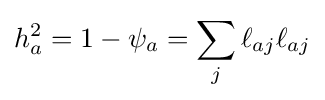
h_{a}^{2}=1-\psi _{a}=\sum _{j}\ell _{aj}\ell _{aj}